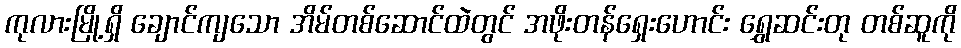
ကုလားမြို့ရှိ ချောင်ကျသော အိမ်တစ်ဆောင်ထဲတွင် အဖိုးတန်ရှေးဟောင်း ရွှေဆင်းတု တစ်ဆူကို